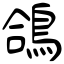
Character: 鴿